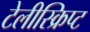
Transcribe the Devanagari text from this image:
टेलीस्क्रिप्ट